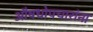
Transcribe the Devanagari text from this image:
औषधोपचारांना